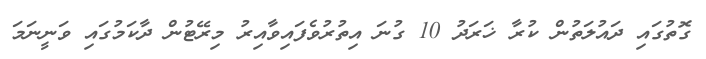
ގޮތުގައި ދައުލަތުން ކުރާ ޚަރަދު 10 ގުނަ އިތުރުވެފައިވާއިރު މިރޭޓުން ދާކަމުގައި ވަނީނަމަ